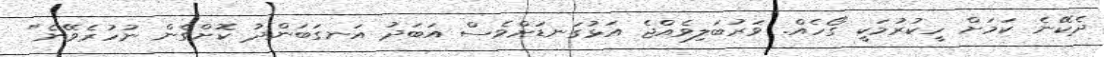
ދެކޭނެ ކަމަށް ހީކުރުމަކީ ގޯހެއް. ވަރުބަލިވެއްޖެ އަޅުގަނޑަށްވެސް އަބަދު އަނގަބަންދު ކޮށްގެން ނުހުރެވޭނެ"